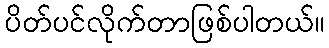
ပိတ်ပင်လိုက်တာဖြစ်ပါတယ်။